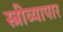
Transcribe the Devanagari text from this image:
स्त्रीव्यापार